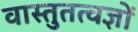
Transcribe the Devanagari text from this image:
वास्तुतत्वज्ञों